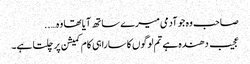
صاحب وہ جو آدمی میرے ساتھ آیا تھا وہ…..
عجیب دھندہ ہے تم لوگوں کا سارا ہی کام کمیشن پر چلتا ہے۔